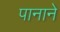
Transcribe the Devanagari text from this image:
पानाने